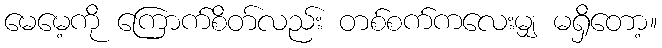
မေမေ့ကို ကြောက်စိတ်လည်း တစ်စက်ကလေးမျှ မရှိတော့။